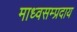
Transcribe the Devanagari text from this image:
माध्वसम्प्रदाय